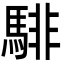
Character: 騑